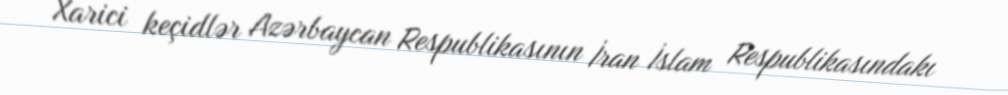
Xarici keçidlər Azərbaycan Respublikasının İran İslam Respublikasındakı